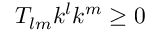
T _ { l m } k ^ { l } k ^ { m } \geq 0